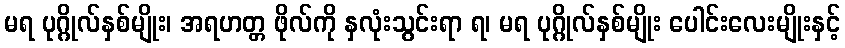
မရ ပုဂ္ဂိုလ်နှစ်မျိုး၊ အရဟတ္တ ဖိုလ်ကို နှလုံးသွင်းရာ ရ၊ မရ ပုဂ္ဂိုလ်နှစ်မျိုး ပေါင်းလေးမျိုးနှင့်